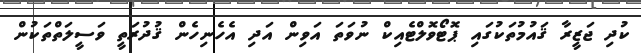
ކުދި ޖަޒީރާ ޤައުމުތަކުގައި ޕޮޓޯވޮލްޓެއިކް ނުވަތަ އަވިން އަދި އެހެނިހެން ޤުދުރަތީ ވަސީލަތްތަކުން